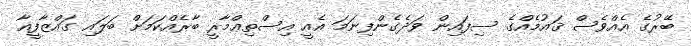
ބޭރުގެ އެއްވެސް ޤައުމެއްގެ ސިފައިން ވަދެގެންފިނަމަ އެއީ އިސްތިޢްމާރީ ބާރެއްކަމަށް ބަލައި ގައްޒާފީއާ